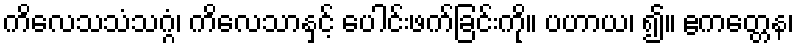
ကိလေသသံသဂ္ဂံ၊ ကိလေသာနှင့် ပေါင်းဖက်ခြင်းကို။ ပဟာယ၊ ၍။ ဧကတ္တေန၊